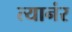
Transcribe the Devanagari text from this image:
त्यानंर